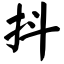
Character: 抖